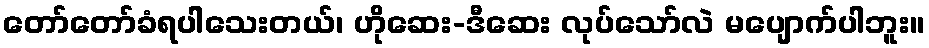
တော်တော်ခံရပါသေးတယ်၊ ဟိုဆေး-ဒီဆေး လုပ်သော်လဲ မပျောက်ပါဘူး။